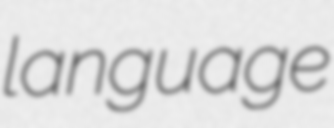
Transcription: language